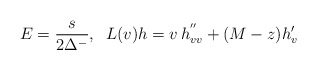
\begin{align*}E={s\over2\Delta^-}, \; \; L(v)h=v\,h^{''}_{vv}+(M-z)h'_v\end{align*}